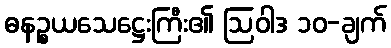
ဓနဉ္စယသေဋ္ဌေးကြီး၏ ဩဝါဒ ၁၀-ချက်